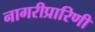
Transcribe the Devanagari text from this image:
नागरीप्रारिणी